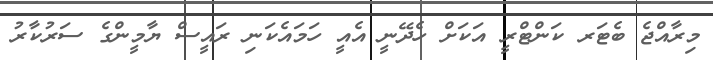
މިރާއްޖެ ބެޓަރ ކަންޓްރީ އަކަށް ހެދޭނީ އެއީ ހަމައެކަނި ރައީސް ޔާމީންގެ ސަރުކާރު